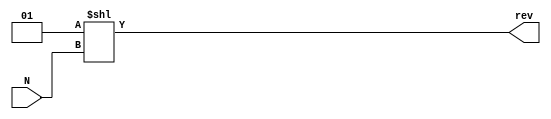
module reverse_n
(
	input [2:0]	N,
	output	[7:0]	rev
);

assign rev = (1 << N);

endmodule